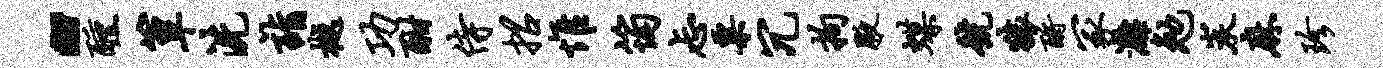
“醺簟洗诣樾功酣侍招惟筠忐粟冗拘腋蝶号猿酹冢漓勉炭麻珍